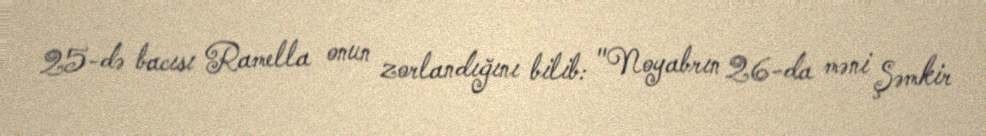
25-də bacısı Ramella onun zorlandığını bilib: "Noyabrın 26-da məni Şəmkir